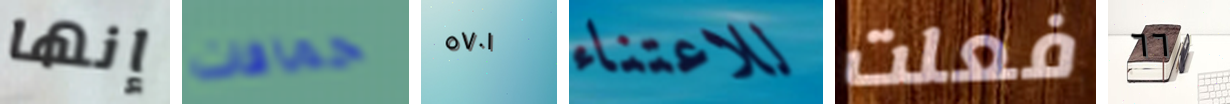
إنها حماقات ٥٧٠١ للاعتناء فعلت ٦٦